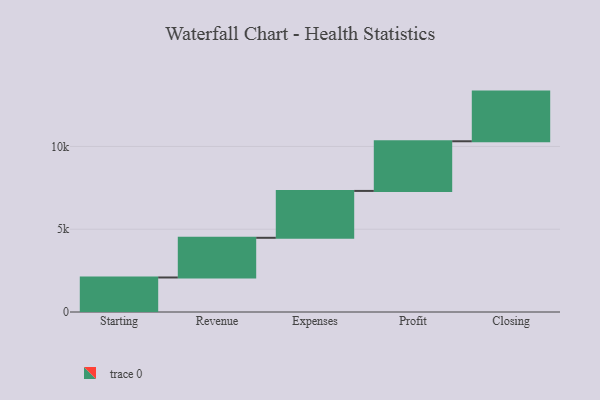
{"axis": {"x": "Step", "y": "Value"}, "legend": [""], "data": [{"x": "Starting", "y": 2085.0, "type": ""}, {"x": "Revenue", "y": 2397.0, "type": ""}, {"x": "Expenses", "y": 2832.0, "type": ""}, {"x": "Profit", "y": 3000, "type": ""}, {"x": "Closing", "y": 3000, "type": ""}]}